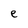
Character: e